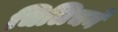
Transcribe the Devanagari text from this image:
चिलिचने